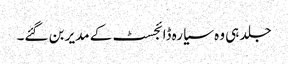
جلد ہی وہ سیارہ ڈائجسٹ کے مدیر بن گئے۔